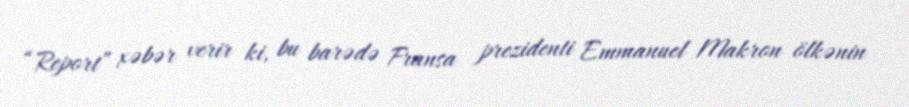
“Report” xəbər verir ki, bu barədə Fransa prezidenti Emmanuel Makron ölkənin